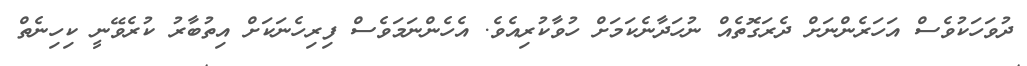
ދުވަހަކުވެސް އަހަރެންނަށް ދެރަގޮތެއް ނުހަދާނެކަމަށް ހުވާކުރިއެވެ. އެހެންނަމަވެސް ފިރިހެނަކަށް އިތުބާރު ކުރެވޭނީ ކިހިނެތް